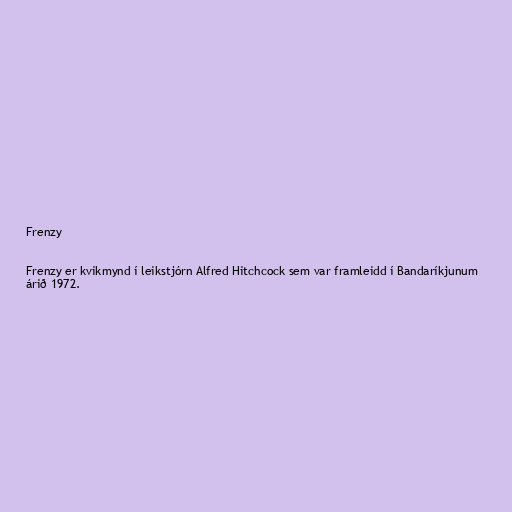
Frenzy

Frenzy er kvikmynd í leikstjórn Alfred Hitchcock sem var framleidd í Bandaríkjunum
árið 1972.